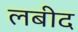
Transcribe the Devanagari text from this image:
लबीद